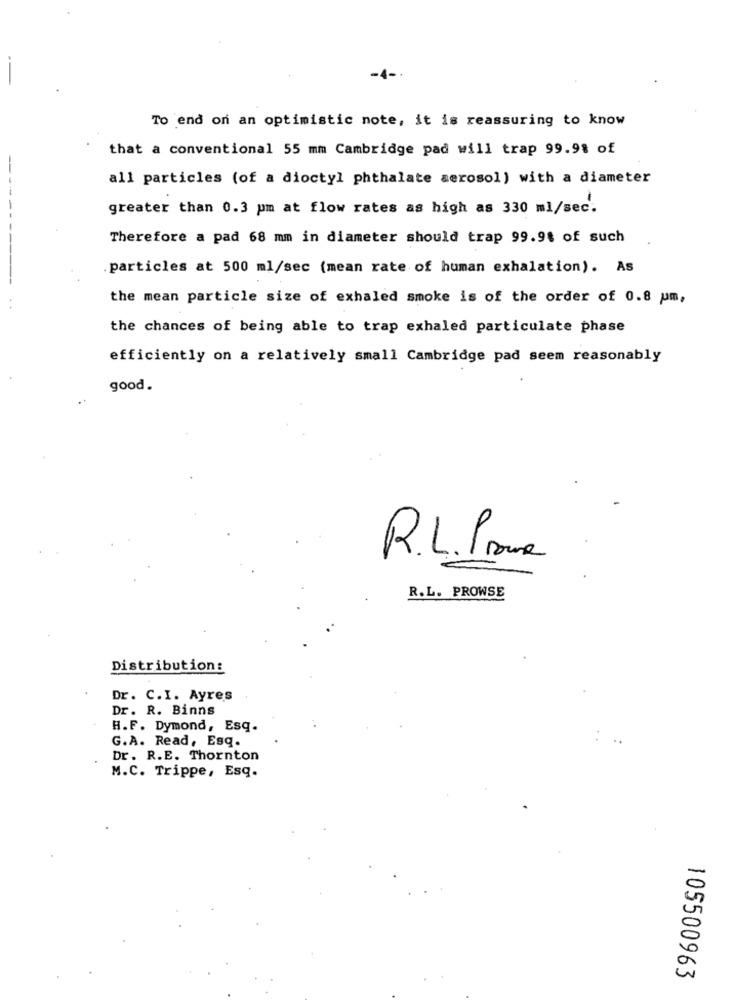
-4-
To end on an optimistic note, it is reassuring to know
that a conventional 55 mm Cambridge pad will trap 99.9% of
all particles (of a dioctyl phthalate aerosol) with a diameter
greater than 0.3 pm at flow rates as high as 330 ml/sec.
Therefore a pad 68 mm in diameter should trap 99.9% of such
particles at 500 ml/sec (mean rate of human exhalation). As
the mean particle size of exhaled smoke is of the order of 0.8 pm,
the chances of being able to trap exhaled particulate phase
efficiently on a relatively small Cambridge pad seem reasonably
good.
R.L. P me
R.L. PROWSE
Distribution:
Dr. C.I. Ayres
Dr. R. Binns
H.F. Dymond, Esq.
G.A. Read, Esq.
..
Dr. R.E. Thornton
M.C. Trippe, Esq.
105500963